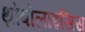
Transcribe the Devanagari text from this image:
थ्रोंबोलाइसिस